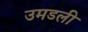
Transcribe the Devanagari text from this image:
उमडली